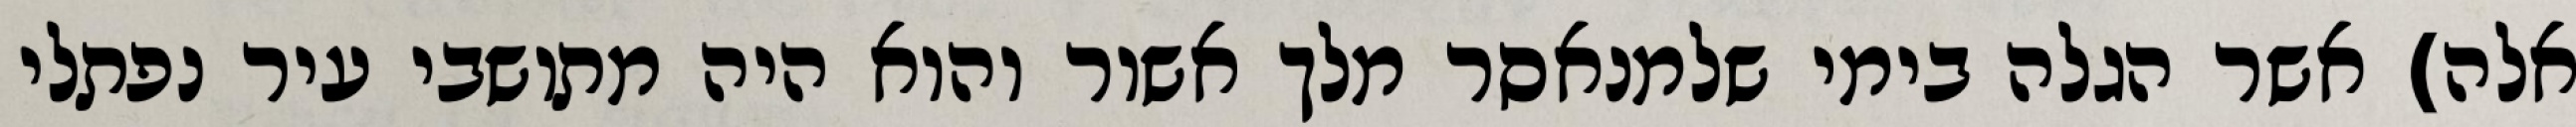
אלה) אשר הגלה בימי שלמנאסר מלך אשור והוא היה מתושבי עיר נפתלי